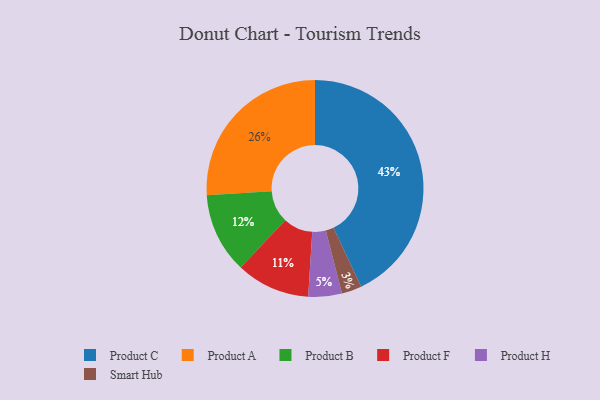
{"axis": {"x": "Category", "y": "Percentage"}, "legend": ["Product A", "Product B", "Product C", "Product F", "Product H", "Smart Hub"], "data": [{"x": "Product H", "y": 5, "type": "Product H"}, {"x": "Product C", "y": 43, "type": "Product C"}, {"x": "Smart Hub", "y": 3, "type": "Smart Hub"}, {"x": "Product F", "y": 11, "type": "Product F"}, {"x": "Product B", "y": 12, "type": "Product B"}, {"x": "Product A", "y": 26, "type": "Product A"}]}